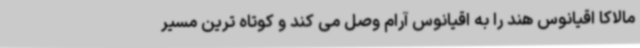
مالاکا اقیانوس هند را به اقیانوس آرام وصل می کند و کوتاه ترین مسیر